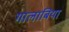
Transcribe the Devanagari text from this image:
गालाबिया